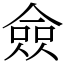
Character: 僉